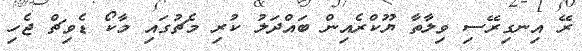
ރޭ އިނގިރޭސި ވިލާތާ ޔޫކްރެއިން ބައްދަލު ކުރި މެޗުގައި މާކޯ ޑެވިޗް ޖެހި